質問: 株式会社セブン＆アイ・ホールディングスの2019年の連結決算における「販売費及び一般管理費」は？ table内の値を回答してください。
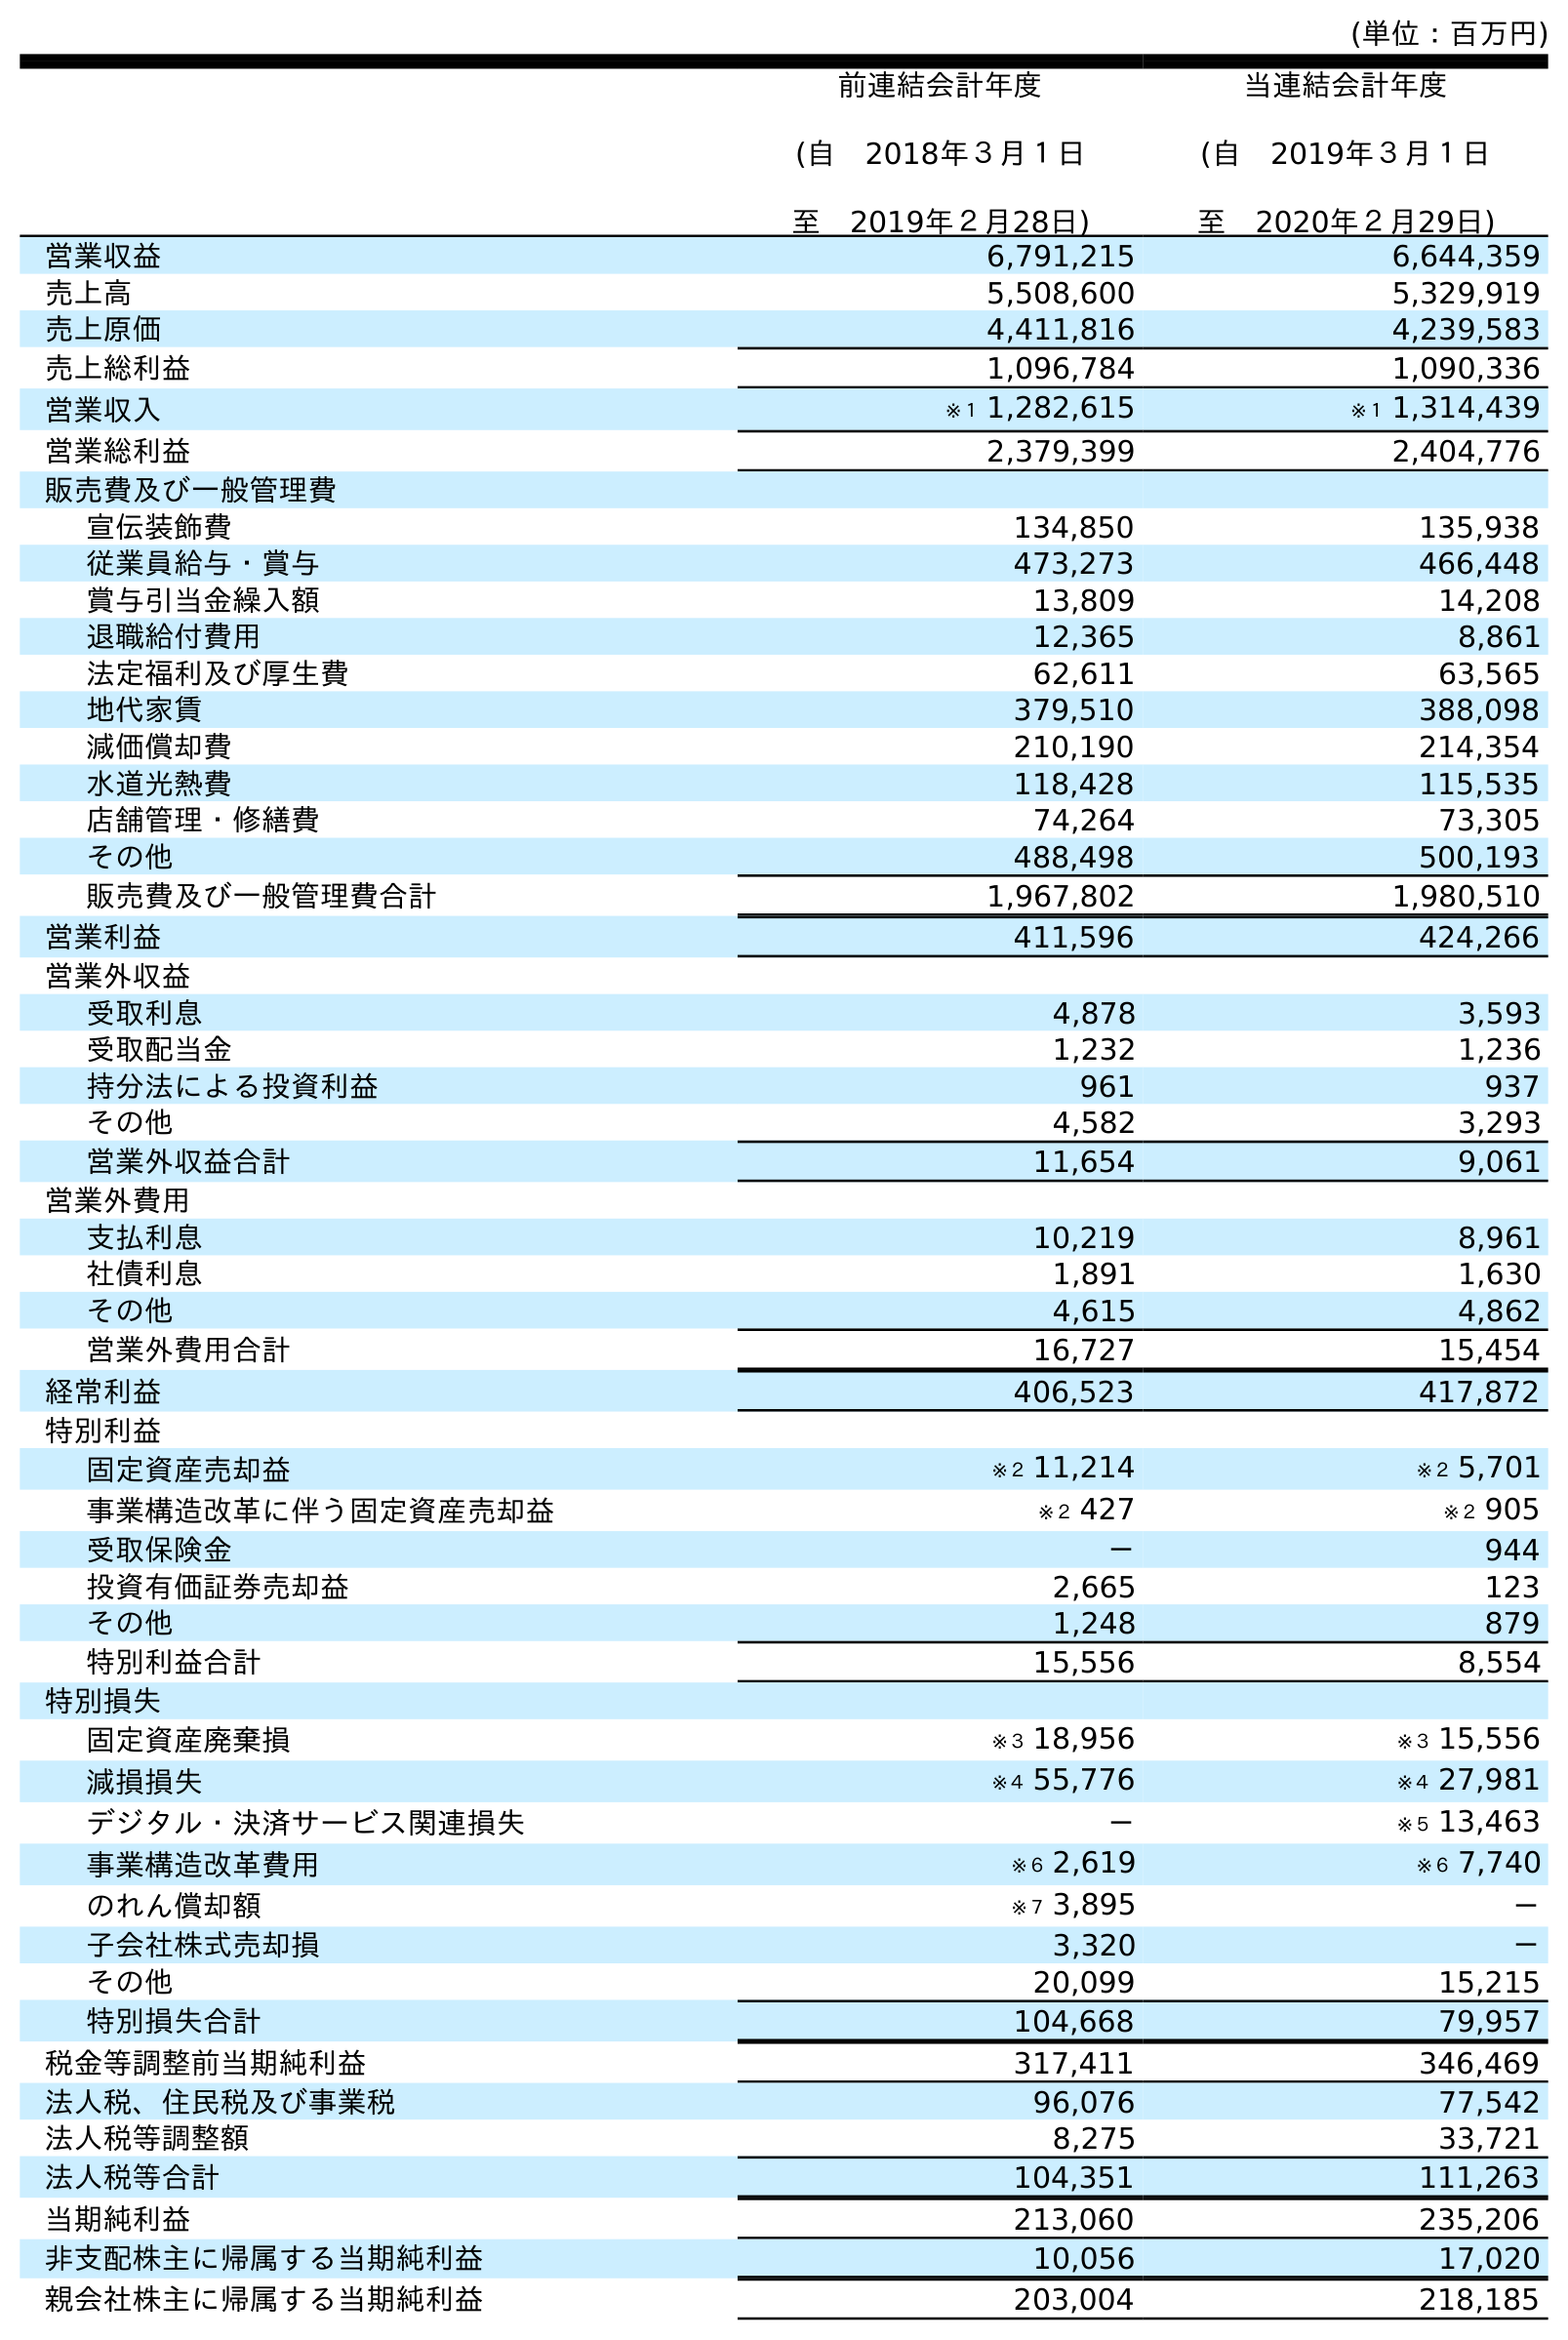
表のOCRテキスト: (単位：百万円) 前連結会計年度 (自 2018年３月１日 至 2019年２月28日) 当連結会計年度 (自 2019年３月１日 至 2020年２月29日) 営業収益 6,791,215 6,644,359 売上高 5,508,600 5,329,919 売上原価 4,411,816 4,239,583 売上総利益 1,096,784 1,090,336 営業収入 ※１ 1,282,615 ※１ 1,314,439 営業総利益 2,379,399 2,404,776 販売費及び一般管理費 宣伝装飾費 134,850 135,938 従業員給与・賞与 473,273 466,448 賞与引当金繰入額 13,809 14,208 退職給付費用 12,365 8,861 法定福利及び厚生費 62,611 63,565 地代家賃 379,510 388,098 減価償却費 210,190 214,354 水道光熱費 118,428 115,535 店舗管理・修繕費 74,264 73,305 その他 488,498 500,193 販売費及び一般管理費合計 1,967,802 1,980,510 営業利益 411,596 424,266 営業外収益 受取利息 4,878 3,593 受取配当金 1,232 1,236 持分法による投資利益 961 937 その他 4,582 3,293 営業外収益合計 11,654 9,061 営業外費用 支払利息 10,219 8,961 社債利息 1,891 1,630 その他 4,615 4,862 営業外費用合計 16,727 15,454 経常利益 406,523 417,872 特別利益 固定資産売却益 ※２ 11,214 ※２ 5,701 事業構造改革に伴う固定資産売却益 ※２ 427 ※２ 905 受取保険金 － 944 投資有価証券売却益 2,665 123 その他 1,248 879 特別利益合計 15,556 8,554 特別損失 固定資産廃棄損 ※３ 18,956 ※３ 15,556 減損損失 ※４ 55,776 ※４ 27,981 デジタル・決済サービス関連損失 － ※５ 13,463 事業構造改革費用 ※６ 2,619 ※６ 7,740 のれん償却額 ※７ 3,895 － 子会社株式売却損 3,320 － その他 20,099 15,215 特別損失合計 104,668 79,957 税金等調整前当期純利益 317,411 346,469 法人税、住民税及び事業税 96,076 77,542 法人税等調整額 8,275 33,721 法人税等合計 104,351 111,263 当期純利益 213,060 235,206 非支配株主に帰属する当期純利益 10,056 17,020 親会社株主に帰属する当期純利益 203,004 218,185
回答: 1,967,802